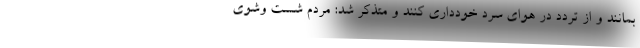
بمانند و از تردد در هوای سرد خودداری کنند و متذکر شد: مردم شست وشوی